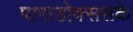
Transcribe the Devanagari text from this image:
पाराडोक्ससके